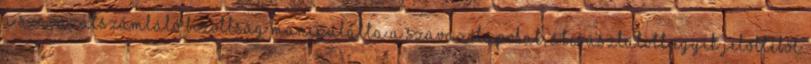
a szavazatszámláló bizottság manipulálta a szavazólapokat, átcsúsztatott egyik jelöltéből